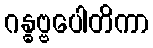
ဂန္ဓဗ္ဗပေါတိကာ